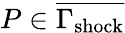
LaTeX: P\in\overline{{\Gamma_{\mathrm{{shock}}}}}